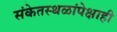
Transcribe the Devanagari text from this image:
संकेतस्थळांपेक्षाही